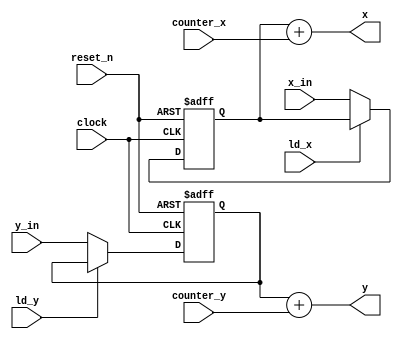
`timescale 1ns / 1ns // `timescale time_unit/time_precision

/* Datapath that sends coordinates to the VGA adapter to plot the paddle */
module paddle_display(x_in, y_in, reset_n, ld_x, ld_y, counter_x, counter_y, clock, x, y);
	  
	/* Top-left coordinates of the ball */	
	input [7:0] x_in;
	input [6:0] y_in;
	input reset_n; // resets the values in the registers
	input ld_x; // active low, load data_in into the X register
	input ld_y; // active low, load data_in into the Y register
	input clock;
	input [4:0] counter_x; // add to x
	input [4:0] counter_y; // add to y

	reg [7:0] RX_out;
	reg [6:0] RY_out;

	output [7:0] x;
	output [6:0] y;

	// X AND Y REGISTER LOAD
	always @ (posedge clock, negedge reset_n)
		begin
		if (!reset_n)
			begin
			RX_out <= 8'd0;
			RY_out <= 7'd0;
			end
		else
			begin
			if (!ld_x)
				RX_out <= x_in;
			if (!ld_y)
				RY_out <= y_in;
			end		
		end
	
	// ADDERS for X and Y
		
	assign x = RX_out + counter_x;
	assign y = RY_out + counter_y;


endmodule